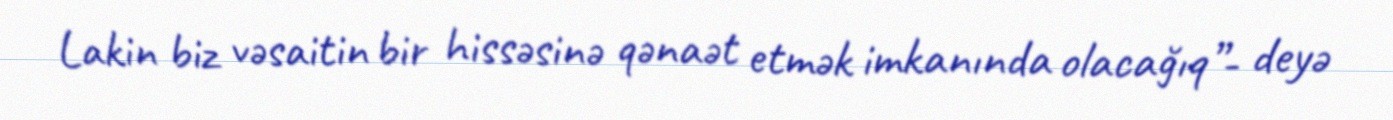
Lakin biz vəsaitin bir hissəsinə qənaət etmək imkanında olacağıq”- deyə